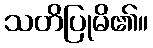
သတိပြုမိ၏။